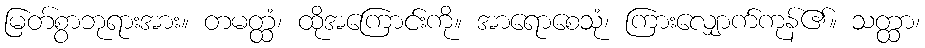
မြတ်စွာဘုရားအား။ တမတ္ထံ၊ ထိုအကြောင်းကို။ အာရောစေသုံ၊ ကြားလျှောက်ကုန်၏။ သတ္ထာ၊